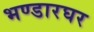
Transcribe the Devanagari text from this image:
भण्डारघर